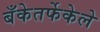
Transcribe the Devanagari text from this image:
बँकेतर्फेकेले